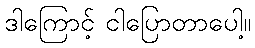
ဒါကြောင့် ငါပြောတာပေါ့။